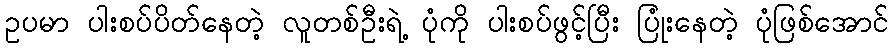
ဥပမာ ပါးစပ်ပိတ်နေတဲ့ လူတစ်ဦးရဲ့ ပုံကို ပါးစပ်ဖွင့်ပြီး ပြုံးနေတဲ့ ပုံဖြစ်အောင်